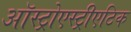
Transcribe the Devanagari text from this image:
ऑस्ट्रोएस्ट्रीएटिक